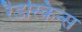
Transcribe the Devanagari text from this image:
रैडस्किन्स